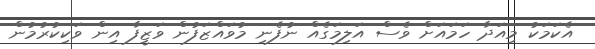
އެކަމަކު މިއަދާ ހަމައަށް ވެސް އަލިމަގެއް ނުފެނި މުވައްޒަފުން ވަޒީފާ އިން ވަކިކުރުމުން